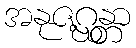
အနုဇဂ္ဃန္တာ